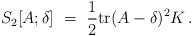
LaTeX: \begin{align*}S_2[A;\delta] ~=~ \frac{1}{2} {\rm tr} (A-\delta)^2K \, .\end{align*}